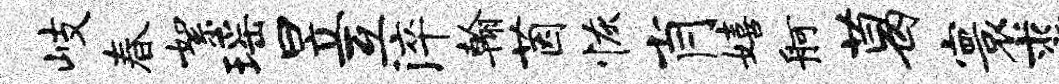
岐春絮瑶昱互淬翰茵恢肖嬉舸葛寰裘